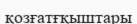
қозғатғқыштары